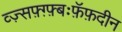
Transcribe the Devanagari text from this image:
व्ज़्सफ़्ग़्फ़्बःफ़ॅफ़दीन